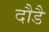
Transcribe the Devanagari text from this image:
दौडै